Lunatic asylums Central Provinces reports 1910-1926 - 1910-1926
Year: 1910
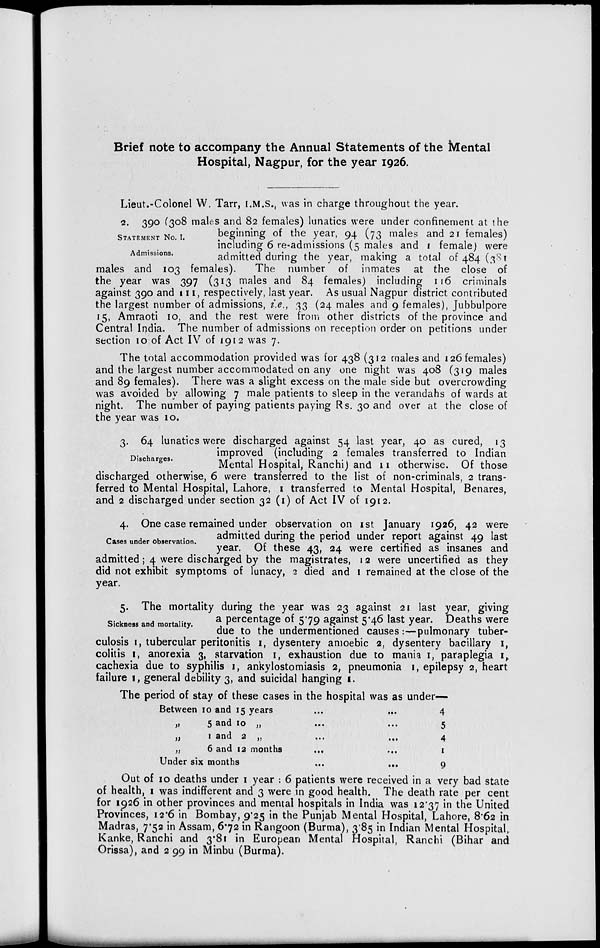
Brief note to accompany the Annual Statements of the Mental
Hospital, Nagpur, for the year 1926.
Lieut.-Colonel W. Tarr, I.M.S., was in charge throughout the year.
STATEMENT NO. I.
Admissions.
2. 390 (308 males and 82 females) lunatics were under confinement at the
beginning of the year, 94 (73 males and 21 females)
including 6 re-admissions (5 males and 1 female) were
admitted during the year, making a total of 484 (381
males and 103 females).
The number of inmates at the close of
the year was 397 (313 males and 84 females) including 116 criminals
against 390 and 111, respectively, last year. As usual Nagpur district contributed
the largest number of admissions, i.e., 33 (24 males and 9 females), Jubbulpore
15, Amraoti 10, and the rest were from other districts of the province and
Central India. The number of admissions on reception order on petitions under
section 10 of Act IV of 1912 was 7.
The total accommodation provided was for 438 (312 males and 126 females)
and the largest number accommodated on any one night was 408 (319 males
and 89 females). There was a slight excess on the male side but overcrowding
was avoided by allowing 7 male patients to sleep in the verandahs of wards at
night. The number of paying patients paying Rs. 30 and over at the close of
the year was 10.
Discharges.
3. 64 lunatics were discharged against 54 last year, 40 as cured, 13
improved (including 2 females transferred to Indian
Mental Hospital, Ranchi) and 11 otherwise. Of those
discharged otherwise, 6 were transferred to the list of non-criminals, 2 trans-
ferred to Mental Hospital, Lahore, 1 transferred to Mental Hospital, Benares,
and 2 discharged under section 32 (1) of Act IV of 1912.
Cases under observation.
4. One case remained under observation on 1st January 1926, 42 were
admitted during the period under report against 49 last
year. Of these 43, 24 were certified as insanes and
admitted; 4 were discharged by the magistrates, 12 were uncertified as they
did not exhibit symptoms of lunacy, 2 died and 1 remained at the close of the
year.
Sickness and mortality.
5. The mortality during the year was 23 against 21 last year, giving
a percentage of 5.79 against 5.46 last year. Deaths were
due to the undermentioned causes:—pulmonary tuber-
culosis 1, tubercular peritonitis 1, dysentery amoebic 2, dysentery bacillary 1,
colitis 1, anorexia 3, starvation 1, exhaustion due to mania 1, paraplegia 1,
cachexia due to syphilis 1, ankylostomiasis 2, pneumonia 1, epilepsy 2, heart
failure 1, general debility 3, and suicidal hanging 1.
The period of stay of these cases in the hospital was as under—
Between 10 and 15 years
...
...
„
5 and 10 „ ... ...
„
1 and 2 „ ... ...
„
6 and 12 months
... ...
Under six months
...
...
4
5
4
1
9
Out of 10 deaths under 1 year : 6 patients were received in a very bad state
of health, 1 was indifferent and 3 were in good health. The death rate per cent
for 1926 in other provinces and mental hospitals in India was 12.37 in the United
Provinces, 12.6 in Bombay, 9.25 in the Punjab Mental Hospital, Lahore, 8.62 in
Madras, 7.52 in Assam, 6.72 in Rangoon (Burma), 3.85 in Indian Mental Hospital,
Kanke, Ranchi and 3.81 in European Mental Hospital, Ranchi (Bihar and
Orissa), and 2.99 in Minbu (Burma).